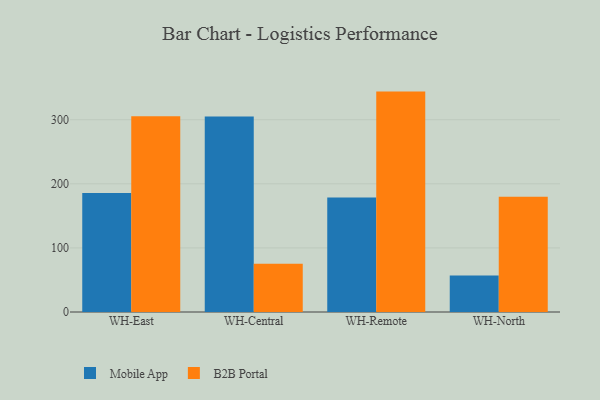
{"axis": {"x": "Warehouse", "y": "Backlog"}, "legend": ["B2B Portal", "Mobile App"], "data": [{"x": "WH-East", "y": 185.5, "type": "Mobile App"}, {"x": "WH-East", "y": 305.6, "type": "B2B Portal"}, {"x": "WH-Central", "y": 305.2, "type": "Mobile App"}, {"x": "WH-Central", "y": 75.4, "type": "B2B Portal"}, {"x": "WH-Remote", "y": 178.6, "type": "Mobile App"}, {"x": "WH-Remote", "y": 343.9, "type": "B2B Portal"}, {"x": "WH-North", "y": 57.1, "type": "Mobile App"}, {"x": "WH-North", "y": 179.9, "type": "B2B Portal"}]}